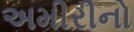
અમીરીનો